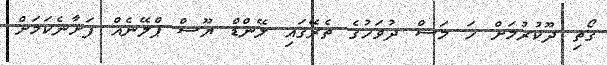
ގޯތި ދޫކުރުމަށް ހަ މަސް ދުވަހުގެ ތެރޭގައި ލޭންޑް ޔޫސް ޕްލޭނެއް ފަށާނެކަމަށް